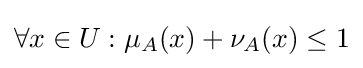
\forall x\in U:\mu _{A}(x)+\nu _{A}(x)\leq 1